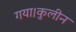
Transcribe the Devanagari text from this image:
गया।कुलीन